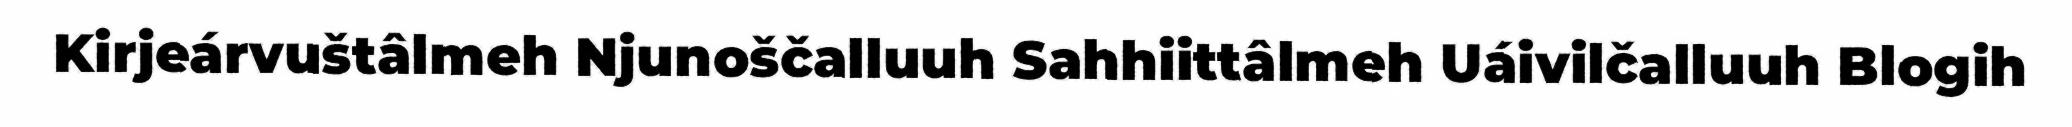
Kirjeárvuštâlmeh Njunoščalluuh Sahhiittâlmeh Uáivilčalluuh Blogih